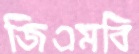
জিএমবি